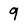
Character: 9